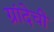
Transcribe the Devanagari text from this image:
ग्रांदेची